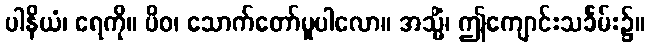
ပါနိယံ၊ ရေကို။ ပိဝ၊ သောက်တော်မူပါလော။ အသ္မိံ၊ ဤကျောင်းသင်္ခမ်း၌။